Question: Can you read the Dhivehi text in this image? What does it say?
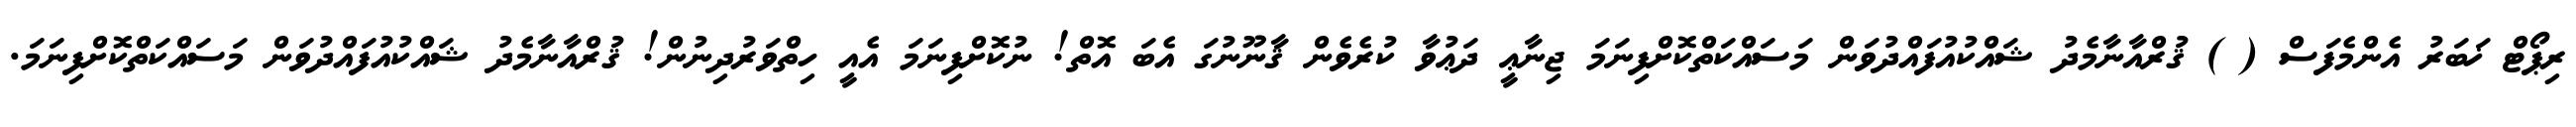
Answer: ރިޕޯޓް ޚަބަރު އެންމެފަސް ( ) ޤުރްއާނާމެދު ޝައްކުއުފައްދުވަން މަސައްކަތްކޮށްފިނަމަ ޖިނާޢީ ދަޢުވާ ކުރެވެން ޤާނޫނުގަ އެބަ އޮތް! ނުކޮށްފިނަމަ އެއީ ހިތްވަރުދިނުން! ޤުރްއާނާމެދު ޝައްކުއުފައްދުވަން މަސައްކަތްކޮށްފިނަމަ.